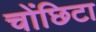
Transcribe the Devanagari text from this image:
चोंछिटा